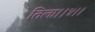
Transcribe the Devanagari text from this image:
तिला।।४।।